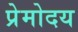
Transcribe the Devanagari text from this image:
प्रेमोदय